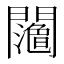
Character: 𨷉